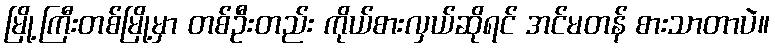
မြို့ကြီးတစ်မြို့မှာ တစ်ဦးတည်း ကိုယ်စားလှယ်ဆိုရင် အင်မတန် စားသာတာပဲ။